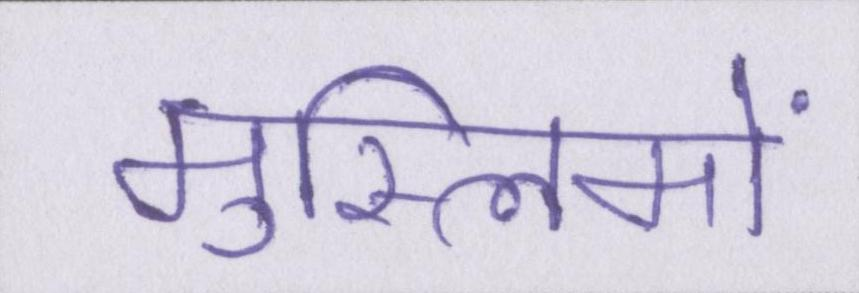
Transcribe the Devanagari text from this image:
मुस्लिमों